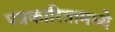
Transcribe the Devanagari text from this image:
पत्रकारितामध्ये